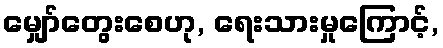
မျှော်တွေးစေဟု, ရေးသားမှုကြောင့်,